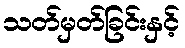
သတ်မှတ်ခြင်းနှင့်